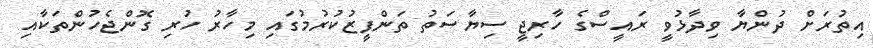
އިތުރަށް ދުންޔާ ވިދާޅުވީ ރައީސްގެ ހާރިޖީ ސިޔާސަތު ތަންފީޒުކުރުމުގައި މިހާރު ހުރި ގޮންޖެހުންތަކާއި